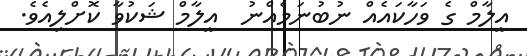
އީލާމް ގެ ވަހާކައެއް ނުބުނަމެއްނު  އީލާމް ޝަކުވާ ކޮށްލިއެވެ.